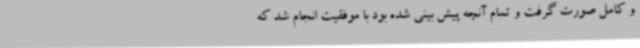
و کامل صورت گرفت و تمام آنچه پیش بینی شده بود با موفقیت انجام شد که